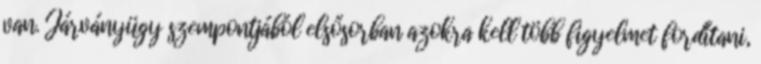
van. Járványügy szempontjából elsősorban azokra kell több figyelmet fordítani,